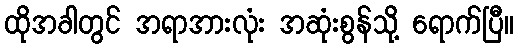
ထိုအခါတွင် အရာအားလုံး အဆုံးစွန်သို့ ရောက်ပြီ။